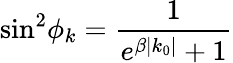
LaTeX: \sin^{2}\! \phi_{k}=\frac{1}{e^{\beta|k_{0}|}+1}